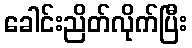
ခေါင်းညိတ်လိုက်ပြီး